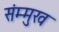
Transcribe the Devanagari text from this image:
संम्मुख